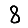
Digit: 8